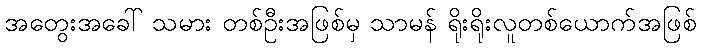
အတွေးအခေါ် သမား တစ်ဦးအဖြစ်မှ သာမန် ရိုးရိုးလူတစ်ယောက်အဖြစ်